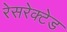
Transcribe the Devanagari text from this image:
रेसरेक्टेड